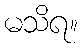
မသိရ။